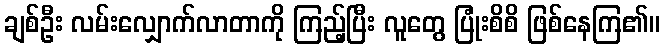
ချစ်ဦး လမ်းလျှောက်လာတာကို ကြည့်ပြီး လူတွေ ပြုံးစိစိ ဖြစ်နေကြ၏။